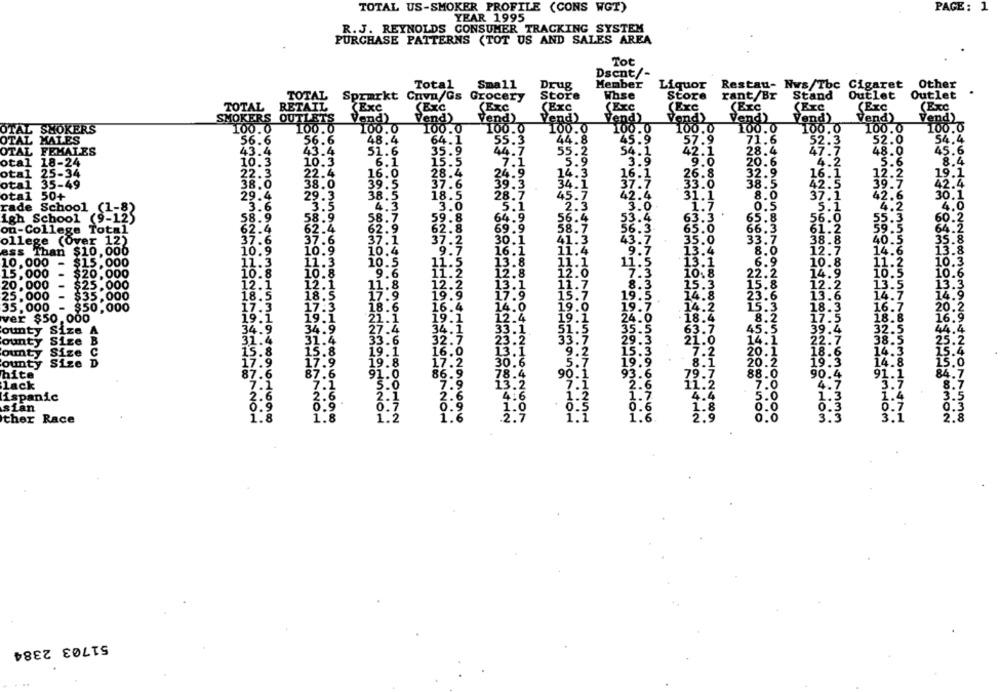
TOTAL US-SMOKER PROFILE (CONS WGT)
PAGE: 1
YEAR 1995
R.J. REYNOLDS CONSUMER TRACKING SYSTEM
PURCHASE PATTERNS (TOT US AND SALES AREA
Tot
Dsent/-
Other
Total
Small
Drug
Member
Liquor
Restau- Nws/Tbc Cigaret
TOTAL
Sprarkt Cnvn/Gs Grocery
Store
Whse
Store
rant/Br
Stand
Outlet
Outlet
.
TOTAL
RETAIL
(Exc
(Exc
(EXC
(Exc
(ExC
(Exc
(Exc
(Exc
(Exc
(Exc
SMOKERS OUTLETS
Vend)
Vend)
Vend)
Vend)
Vend)
Vend)
Vend)
Vend)
Vend)
Vend)
OTAL SHOKERS
100.0
100.0
100.0
100.0
100.0
100.0
100.0
100.0
100.0
100.0
100.0
100.0
OTAL HALES
57.9
54.4
56.6
56.6
48.4
64.1
55.3
44.8
45.9
71.6
52.0
OTAL
FEMALES
43.4
43.4
51.6
35.9
44.7
54.1
42.1
28.4
48.0
45.6
55.2
otal
18-24
10.3
10.3
6.1
15.5
.
5.9
3.9
9.0
20.6
4
5.6
8.4
otal
25-34
28.4
24.9
14.3
26.8
32.9
16
22.3
22.4
16.0
16.1
12.2
19.1
otal 35-49
38.0
38.0
39.5
37.6
39.3
34.1
37:2
33.0
38.5
42
42.4
otal 50+
29.4
29.3
38.5
18.5
28.7
45.7
42.4
31.1
8.0
37.1
30.1
rade School
3.6
3.5
4.3
3.0
.5.1
2.3
3.0
0.5
5.1
4.2
4.0
.(1-8)
igh School (9-12)
58.9
58.9
58.7
59.8
64.9
56.4
53.4
63.3
65.8
56.0
55.3
60
32.4
62.4
62.9
62.8
69.9
58.7
56.3
65.0
66.3
61.
59.5
64.2
on-College Total
ollege (Over 12)
37.6
37.6
37.1
30.1
41.3
43.7
35.0
33.7
38.
40.5
35.8
37.2
13.8
ass Than $10,000
10.9
10.9
10.4
9.7
16.1
11.4
9.7
13.4
8.0
12.7
14.6
10,000
$15,000
11.3
11.3
11.5
13.8
11.1
11.5
6.9
10.8
10.3
10.5
15,000
$20,000
10.8
10.8
9.6
12.8
12.0
22.2
14.
10.6
12.1
12.1
12
13
13.3
20,000
$25,000
11.8
12.2
13.1
11.7
8.3
..
25,000
$35,000
18.5
18.5
17.9
19.9
17.9
15.7
19.5.
23.6
13.6
14.
14.9
35.000
$50,000
17.3
18.6
16.4
14.0
19.0
19.7
18.
16.7
20
ver $50,000
19.1
21.1
12.4
19.1
8.2
17.5
18.
16.9
19.1
24.0
ounty Size A
34.9
27
34.1
33.1.
51.
35.5
45.5
39.4
32.
44.4
Size B
33.7
29.3
38.
ounty
31.4
33.6
32.7
23.2
14.1
22.7
25.2
Size C
15.8
19.1
16.0
13.1
9.2
15.3
7.2
20.1
18.6
15.4
ounty
ounty
Size
D
17.9
17.9
19.8
17.2
30.6
5.
19.9
8.1
19.3
14.8
86.9
78.
90 i
93.6
hite
87.6
87.6
91.0
90.4
91.1
lack
7.1
5.0
7.9
13.2
7.1
2.6
7.0
4.7
5.7
8.7
1.7
1.3
1.4
ispanic
2.6
2.6
2.1
2.6
5.0
3.5
0.9
0.9
.6
0.
0.7
sian
ther Race
1.8
1.2
1.6
1.1
1.6
mondtaBoothN
3.3
3.1
51703 2384